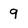
Character: 9